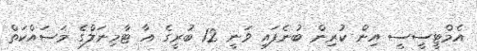
އެމްޓީސީސީ އިން ކުރިން ބުނެފައި ވަނީ 12 ބުރީގެ އާ ޓާމިނަލްގެ މަސައްކަތް